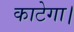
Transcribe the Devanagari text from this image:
काटेगा।